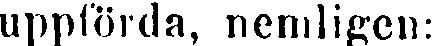
uppförda, nemligen: